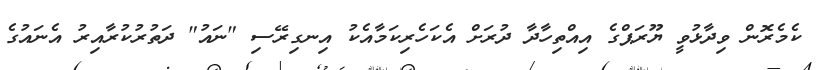
ކެމެރޮން ވިދާޅުވީ ޔޫރަޕްގެ އިއްތިހާދާ ދުރަށް އެކަހެރިކަމާއެކު އިނގިރޭސި "ނައު" ދަތުރުކުރާއިރު އެނައުގެ